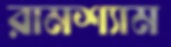
রামশ্যাম